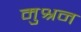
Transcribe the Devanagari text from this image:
मुश्रन